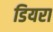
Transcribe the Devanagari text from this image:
डियरा